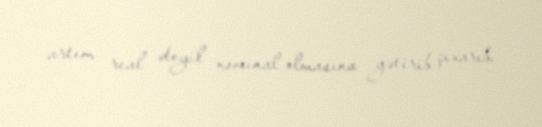
artım real deyil nominal olmasına gətirib çıxarıb.